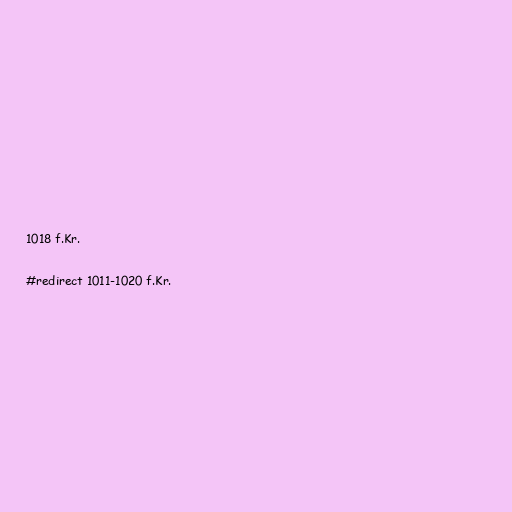
1018 f.Kr.

#redirect 1011-1020 f.Kr.